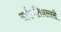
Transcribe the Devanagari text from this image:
सर्पगतिवल्लरी